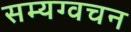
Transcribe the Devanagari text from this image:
सम्यग्वचन